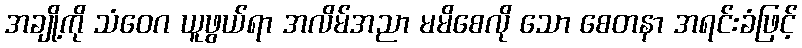
အချို့ကို သံဝေဂ ယူဖွယ်ရာ အလိမ်အညာ မမိစေလို သော စေတနာ အရင်းခံဖြင့်